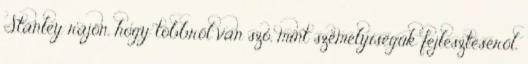
Stanley rájön, hogy többről van szó, mint személyiségük fejlesztéséről.